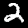
Label: 2